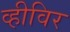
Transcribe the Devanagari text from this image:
व्हीविर